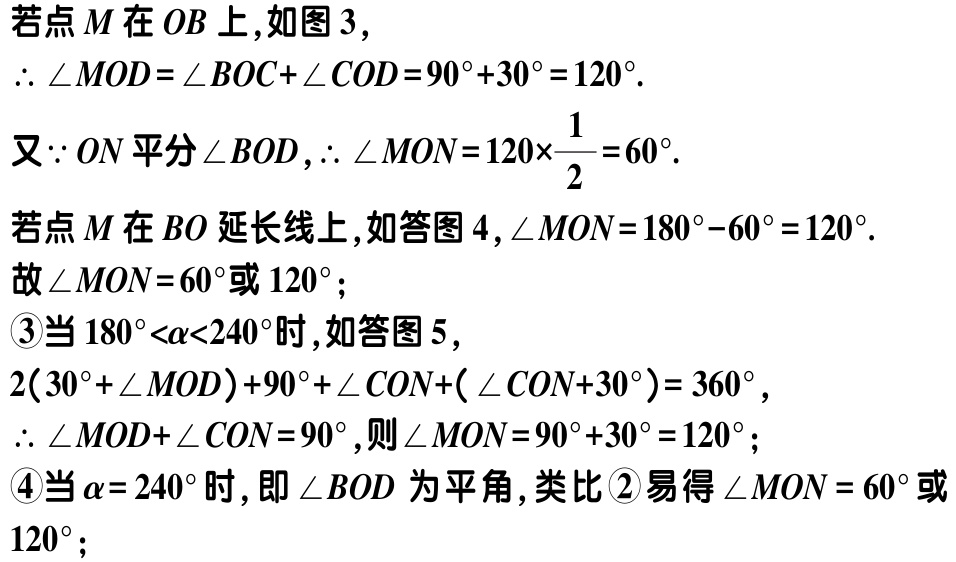
若点\(M\)在\(OB\)上,如图 3,

\(\therefore \angle MOD = \angle BOC+\angle COD = 90^{\circ}+30^{\circ}=120^{\circ}.\)

又\(\because ON\)平分\(\angle BOD\),\(\therefore \angle MON = 120\times\frac{1}{2}=60^{\circ}.\)

若点\(M\)在\(BO\)延长线上,如答图 4,\(\angle MON = 180^{\circ}-60^{\circ}=120^{\circ}.\)

故\(\angle MON = 60^{\circ}\)或\(120^{\circ}\);

\textcircled{3}当\(180^{\circ}<\alpha<240^{\circ}\)时,如答图 5,

\(2(30^{\circ}+\angle MOD)+90^{\circ}+\angle CON+(\angle CON + 30^{\circ}) = 360^{\circ},\)

\(\therefore \angle MOD+\angle CON = 90^{\circ}\),则\(\angle MON = 90^{\circ}+30^{\circ}=120^{\circ}\);

\textcircled{4}当\(\alpha = 240^{\circ}\)时,即\(\angle BOD\)为平角,类比\textcircled{2}易得\(\angle MON = 60^{\circ}\)或\(120^{\circ}\);